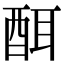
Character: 䣵